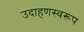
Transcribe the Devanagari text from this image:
उदाहणस्वरूप